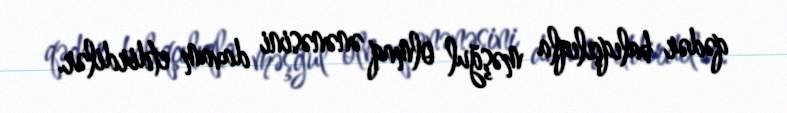
qədər balıqçılıqla məşğul olmaq ənənəsini davam etdirdilər.